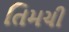
તિમચી